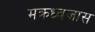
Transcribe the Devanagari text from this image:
मक्रध्वजास